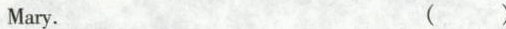
Mary. ( )